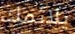
يلائمك